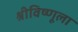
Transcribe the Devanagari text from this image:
श्रीविष्णूला